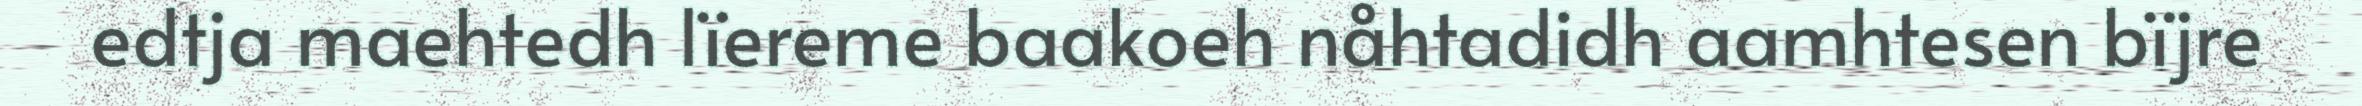
edtja maehtedh lïereme baakoeh nåhtadidh aamhtesen bïjre